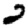
Digit: 2